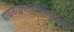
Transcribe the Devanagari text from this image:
गावात१क्षयरोगउपचारकेंद्रआहे